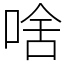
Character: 啥